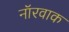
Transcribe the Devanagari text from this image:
नॉरवाक